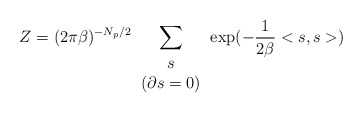
\begin{align*}Z = (2\pi \beta)^{-N_p/2} \sum_{ \begin{array} {c} s\\ \left( \partial s = 0 \right) \end{array} }\exp(-\frac{1}{2\beta}<s,s>)\end{align*}